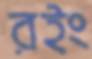
রইং